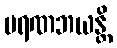
မရဏဘယန္တိ